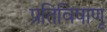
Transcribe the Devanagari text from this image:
प्रतिविषाणू